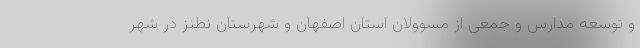
و توسعه مدارس و جمعی از مسوولان استان اصفهان و شهرستان نطنز در شهر